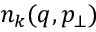
n _ { k } ( q , p _ { \bot } )